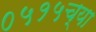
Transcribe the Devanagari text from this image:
०५१५च्या